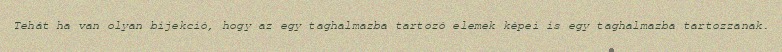
Tehát ha van olyan bijekció, hogy az egy taghalmazba tartozó elemek képei is egy taghalmazba tartozzanak.